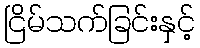
ငြိမ်သက်ခြင်းနှင့်